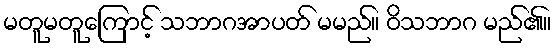
မတူမတူကြောင့် သဘာဂအာပတ် မမည်။ ဝိသဘာဂ မည်၏။